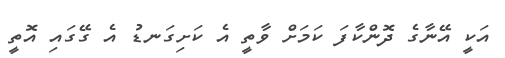
އަކީ އޭނާގެ ދޮންކާފަ ކަމަށް ވާތީ އެ ކަށިގަނޑު އެ ގޭގައި އޮތީ